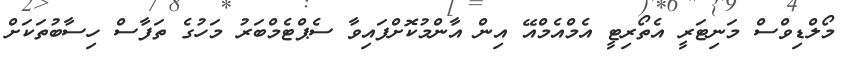
މޯލްޑިވްސް މަނިޓަރީ އެތޯރިޓީ އެމްއެމްއޭ އިން އާންމުކޮށްފައިވާ ސެޕްޓެމްބަރު މަހުގެ ތަފާސް ހިސާބުތަކަށް